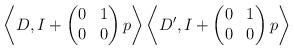
LaTeX: \begin{align*}\left \langle D, I + \begin{pmatrix} 0 & 1 \\ 0 & 0 \end{pmatrix} p \right \rangle \left \langle D', I + \begin{pmatrix} 0 & 1 \\ 0 & 0 \end{pmatrix} p \right \rangle\end{align*}